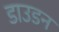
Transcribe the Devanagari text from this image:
डाउडन